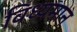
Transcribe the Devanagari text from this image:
विध्‍यमान